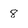
Character: 8